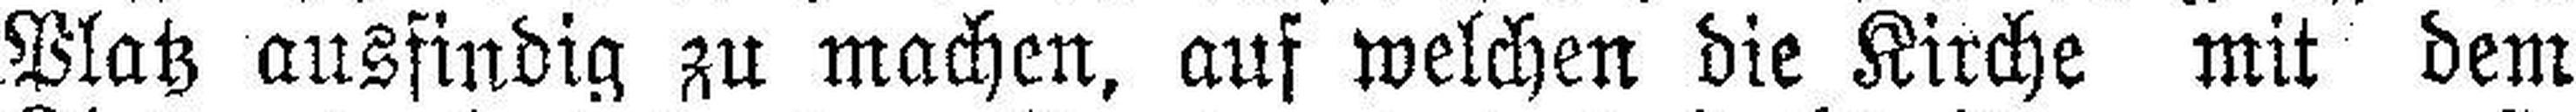
Platz ausfindig zu machen, auf welchen die Kirche mit dem